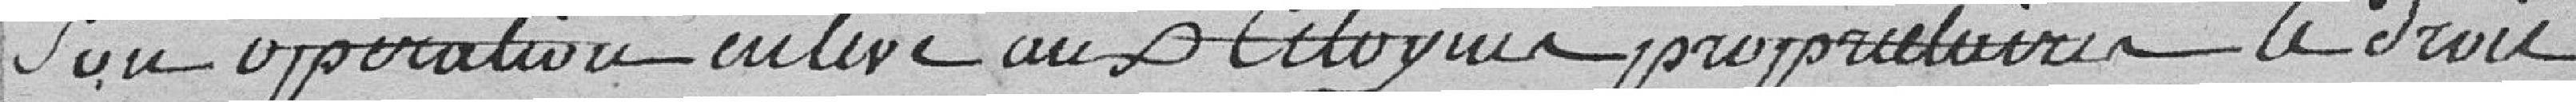
son opération active aux citoyens propriétaires le droit